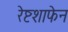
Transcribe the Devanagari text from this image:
रेष्टशाफेन